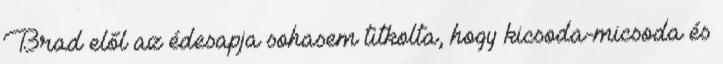
Brad elől az édesapja sohasem titkolta, hogy kicsoda-micsoda és